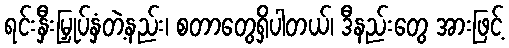
ရင်းနှီးမြှုပ်နှံတဲ့နည်း၊ စတာတွေရှိပါတယ်၊ ဒီနည်းတွေ အားဖြင့်